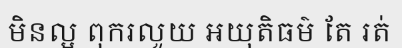
មិនល្អ ពុករលួយ អយុតិធម៌ តែ រត់